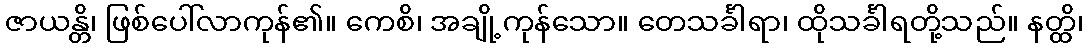
ဇာယန္တိ၊ ဖြစ်ပေါ်လာကုန်၏။ ကေစိ၊ အချို့ကုန်သော။ တေသင်္ခါရာ၊ ထိုသင်္ခါရတို့သည်။ နတ္ထိ၊